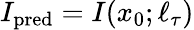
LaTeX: I_{\mathrm{pred}}=I(x_{0};\ell_{\tau})